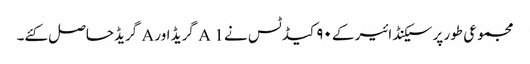
مجموعی طور پر سیکنڈ ائیر کے ۹۰ کیڈ ٹس نے A 1 گریڈ اور A گریڈحاصل کئے۔